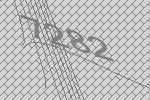
7282